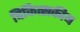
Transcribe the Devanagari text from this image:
चिकित्‍सकीय